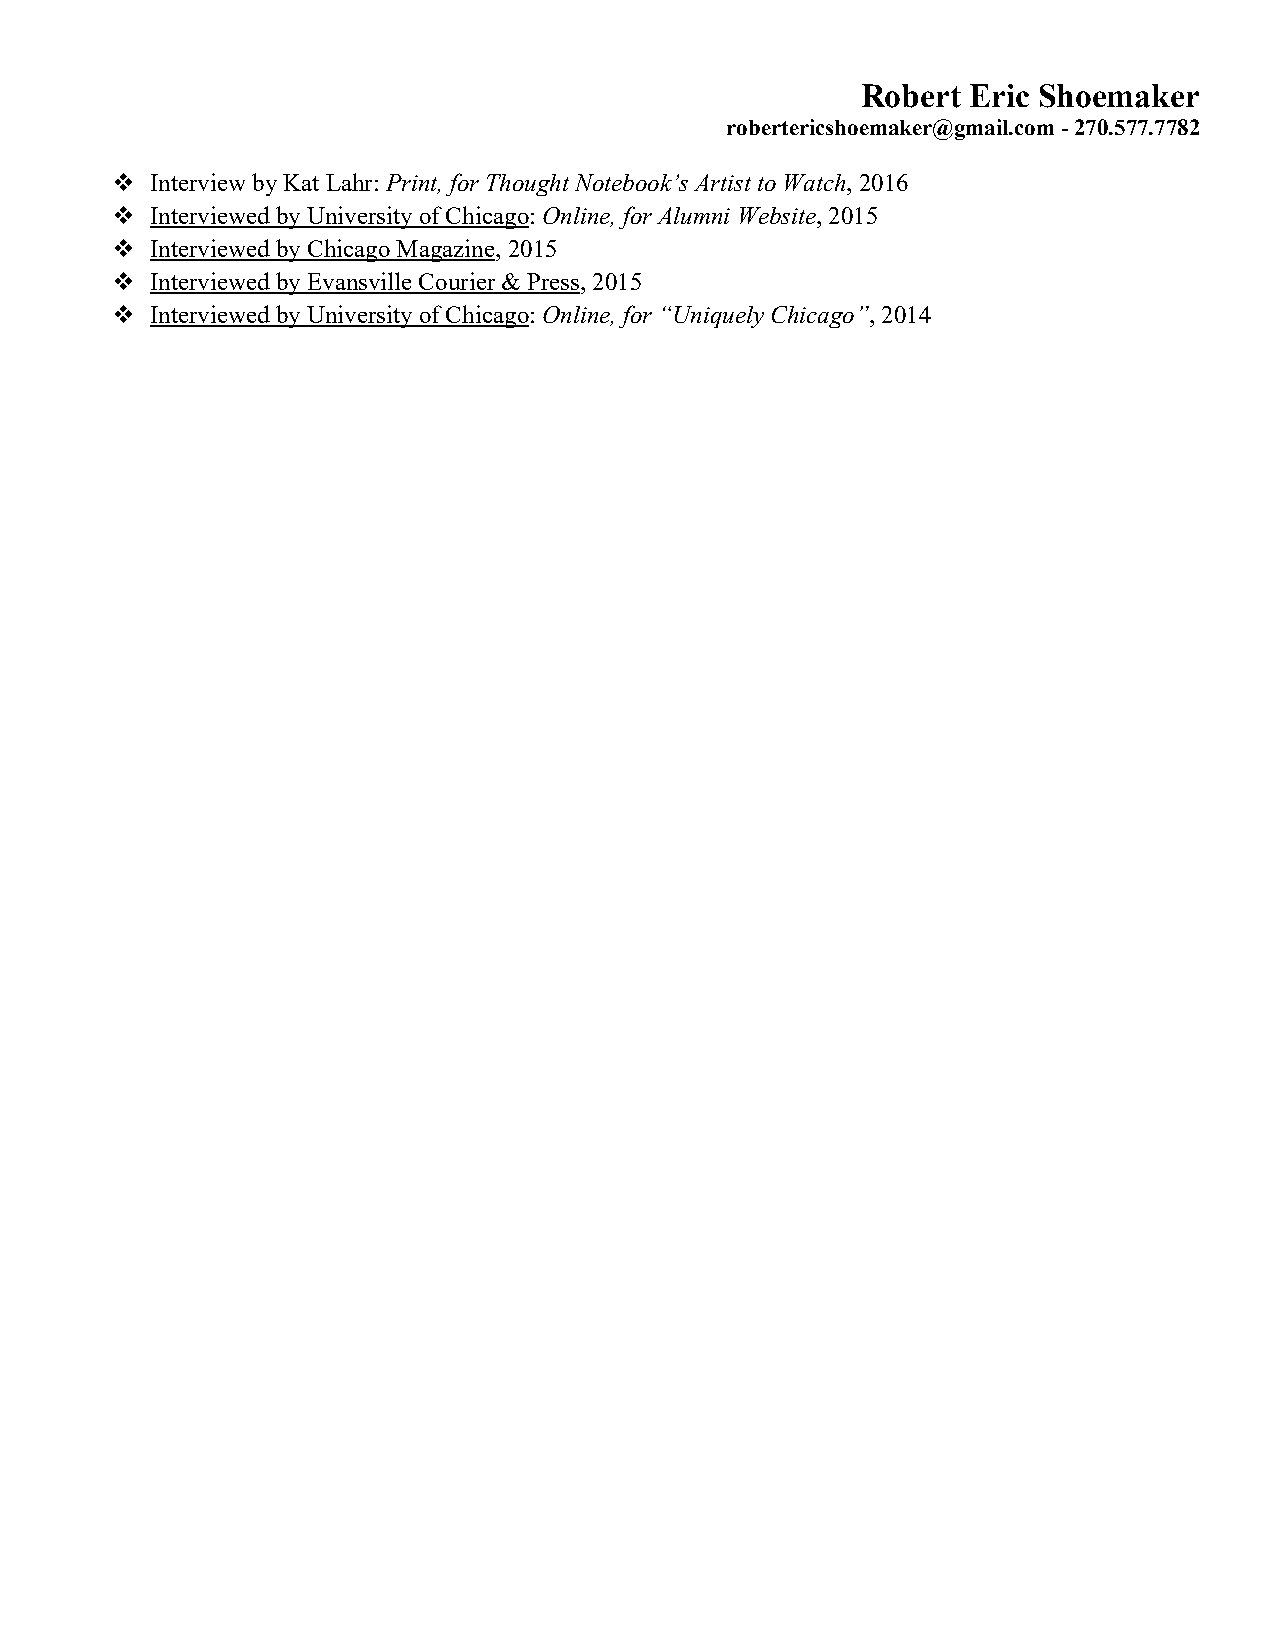
Robert Eric Shoemaker
 robertericshoemaker@gmail.com - 270.577.7782
 v  Interview by Kat Lahr: Print, for Thought Notebook’s Artist to Watch, 2016
 v  Interviewed by University of Chicago: Online, for Alumni Website, 2015
 v  Interviewed by Chicago Magazine, 2015
 v  Interviewed by Evansville Courier & Press, 2015
 v  Interviewed by University of Chicago: Online, for “Uniquely Chicago”, 2014